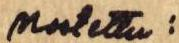
Nostettu: